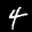
Digit: 4